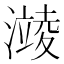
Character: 𪷥